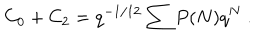
LaTeX: C _ { 0 } + C _ { 2 } = q ^ { - 1 / 1 2 } \sum P ( N ) q ^ { N } { } ~ .